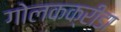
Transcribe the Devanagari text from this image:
गोलकक्रीडा